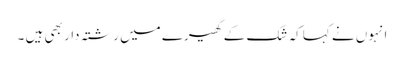
انہوں نے کہا کہ شک کے گھیرے میں رشتہ دار بھی ہیں ۔